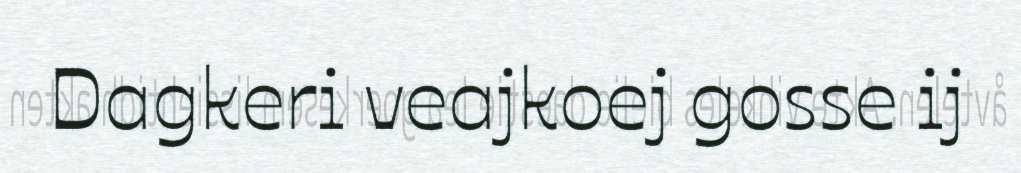
Dagkeri veajkoej gosse ij